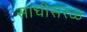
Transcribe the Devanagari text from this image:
साधीसरळ